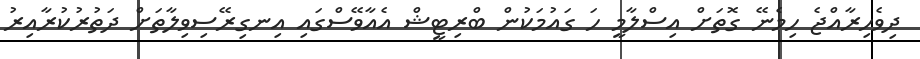
ދިވެހިރާއްޖެ ހިމެނޭ ގޮތަށް އިސްލާމީ ހަ ގައުމަކުން ބްރިޓީޝް އެއާވޭސްގައި އިނގިރޭސިވިލާތަށް ދަތުރުކުރާއިރު